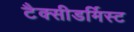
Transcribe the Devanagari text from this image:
टैक्सीडर्मिस्ट